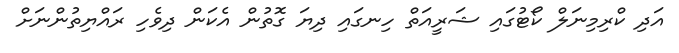
އަދި ކްރިމިނަލް ކޯޓުގައި ޝަރީއަތް ހިނގައި ދިޔަ ގޮތުން އެކަން ދިވެހި ރައްޔިތުންނަށް